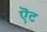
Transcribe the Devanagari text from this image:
ऎट